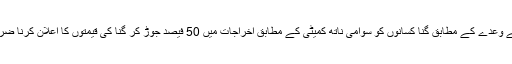
سرکار کے وعدے کے مطابق گنا کسانوں کو سوامی ناتھ کمیٹی کے مطابق اخراجات میں 50 فیصد جوڑ کر گنا کی قیمتوں کا اعلان کرنا ضروری ہے۔